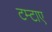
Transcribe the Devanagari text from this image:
टम्टाए